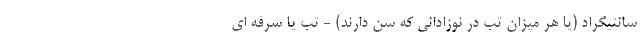
سانتیگراد (یا هر میزان تب در نوزادانی که سن دارند) - تب یا سرفه ای